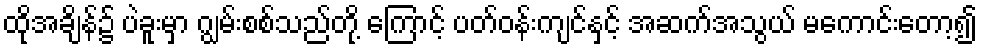
ထိုအချိန်၌ ပဲခူးမှာ ဂျွမ်းစစ်သည်တို့ ကြောင့် ပတ်ဝန်းကျင်နှင့် အဆက်အသွယ် မကောင်းတော့၍